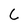
Character: C